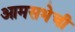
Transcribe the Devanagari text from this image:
आमसभेची